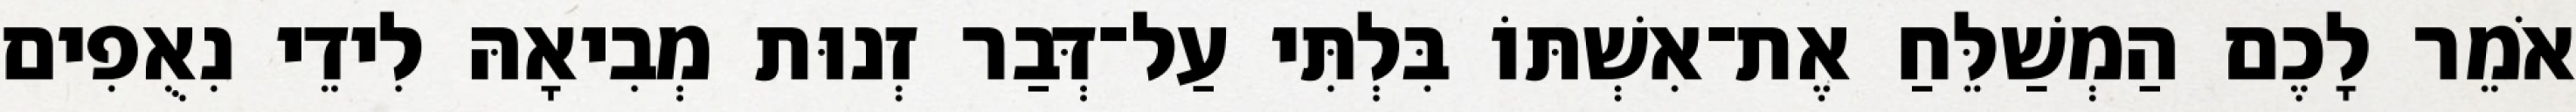
אֹמֵר לָכֶם הַמְשַׁלֵּחַ אֶת־אִשְׁתּוֹ בִּלְתִּי עַל־דְּבַר זְנוּת מְבִיאָהּ לִידֵי נִאֻפִים